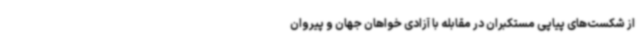
از شکست‌های پیاپی مستکبران در مقابله با آزادی خواهان جهان و پیروان